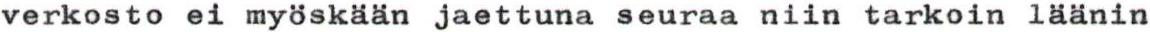
verkosto ei myöskään jaettuna seuraa niin tarkoin läänin